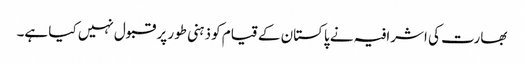
بھارت کی اشرافیہ نے پاکستان کے قیام کو ذہنی طور پر قبول نہیں کیا ہے۔